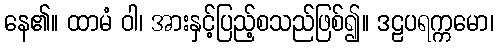
နေ၏။ ထာမံ ဝါ၊ အားနှင့်ပြည့်စသည်ဖြစ်၍။ ဒဠပရက္ကမော၊